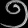
Digit: ၅